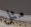
مثل